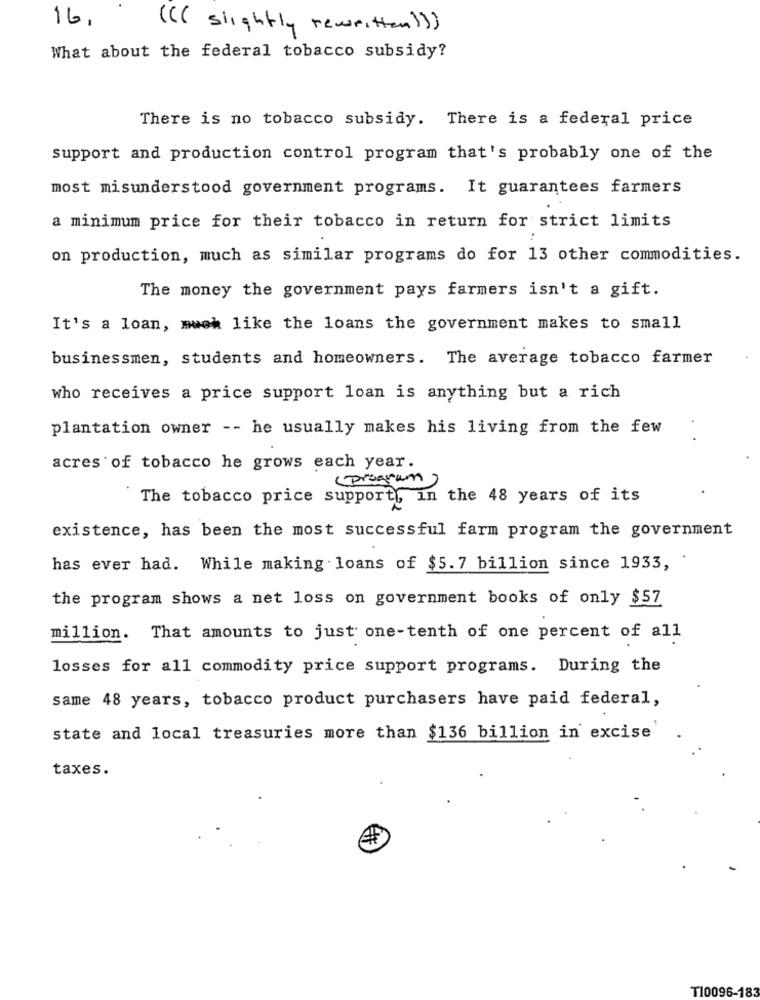
16.
(( ( slightly rewritten )))
What about the federal tobacco subsidy?
There is no tobacco subsidy. There is a federal price
support and production control program that's probably one of the
most misunderstood government programs. It guarantees farmers
a minimum price for their tobacco in return for strict limits
on production, much as similar programs do for 13 other commodities.
The money the government pays farmers isn't a gift.
It's a loan, much like the loans the government makes to small
businessmen, students and homeowners. The average tobacco farmer
who receives a price support loan is anything but a rich
plantation owner -- he usually makes his living from the few
acres of tobacco he grows each year.
(program)
The tobacco price support ,, in the 48 years of its
existence, has been the most successful farm program the government
has ever had. While making loans of $5.7 billion since 1933,
the program shows a net loss on government books of only $57
million. That amounts to just one-tenth of one percent of all
losses for all commodity price support programs. During the
same 48 years, tobacco product purchasers have paid federal,
state and local treasuries more than $136 billion in excise
taxes.
$
T10096-183